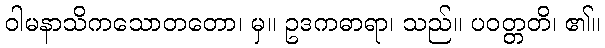
ဝါမနာသိကသောတတော၊ မှ။ ဥဒကဓာရာ၊ သည်။ ပဝတ္တတိ၊ ၏။